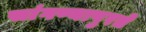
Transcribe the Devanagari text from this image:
सांगण्यापुरते